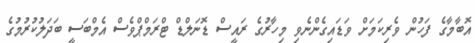
އޮބާމާގެ ފަހުން ވެރިކަމަށް ވަޑައިގެންނެވި މިހާރުގެ ރައީސް ޑޮނަލްޑް ޓްރަމްޕްވެސް އެމްބަސީ ބަދަލުކުރުމުގެ